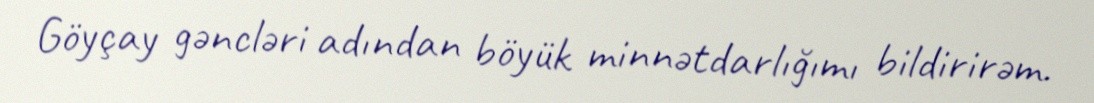
Göyçay gəncləri adından böyük minnətdarlığımı bildirirəm.